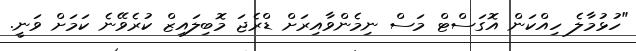
"ހުޅުމާލެ ހިއްކަން އޮގަސްޓް މަސް ނިމެންވާއިރަށް ޑްރެޖަ މޮބިލައިޒް ކުރެވޭނެ ކަމަށް ވަނީ.